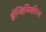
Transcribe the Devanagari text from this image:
ईन्जिनियरिन्ग